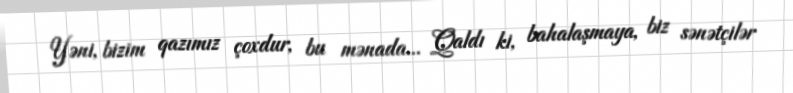
Yəni, bizim qazımız çoxdur, bu mənada... Qaldı ki, bahalaşmaya, biz sənətçilər